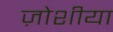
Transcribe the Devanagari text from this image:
ज़ोशीया